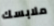
ملابسك